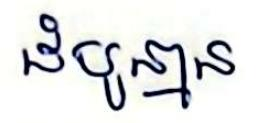
ដំបូន្មាន